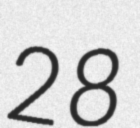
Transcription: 28